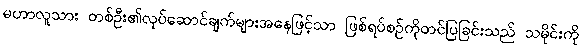
မဟာလူသား တစ်ဦး၏လုပ်ဆောင်ချက်များအနေဖြင့်သာ ဖြစ်ရပ်စဉ်ကိုတင်ပြခြင်းသည် သမိုင်းကို